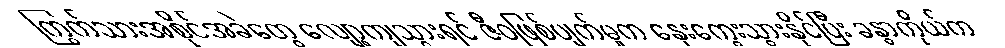
ကြွက်သားအစိုင်အခဲတွေ လျော့ကျသွားရင် ဇီဝဖြစ်ပျက်မှုက နှေးကွေးသွားနိုင်ပြီး ခန္ဓာကိုယ်က